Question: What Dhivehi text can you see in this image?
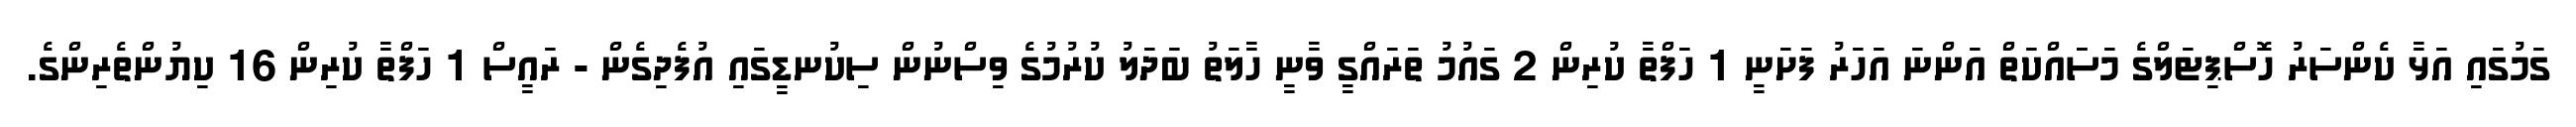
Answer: ގަމުގައި އަޅާ ކެންސަރު ހޮސްޕިޓަލްގެ މަސަައްކަތް އަންނަ އަހަރު ފަށަނީ 1 ހަފްތާ ކުރިން 2 ގައުމު ތަރައްގީ ވާނީ ހާލަތު ބަދަލު ކުރުމުގެ ވިސްނުން ސިކުނޑީގައި އުފެދިގެން - ރައީސް 1 ހަފްތާ ކުރިން 16 ކިޔުންތެރިންގެ.